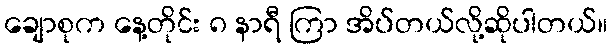
ချောစုက နေ့တိုင်း ၈ နာရီ ကြာ အိပ်တယ်လို့ဆိုပါတယ်။